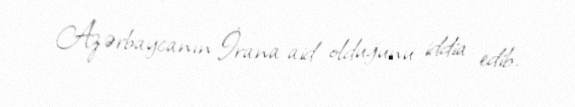
Azərbaycanın İrana aid olduğunu iddia edib.